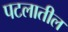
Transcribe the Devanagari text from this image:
पटलातील